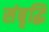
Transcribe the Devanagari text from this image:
संबृद्धि